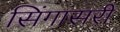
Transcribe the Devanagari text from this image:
सिंगासरी